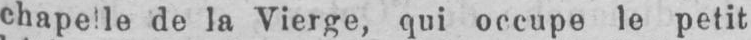
chapelle de la Vierge, qui occupe le petit